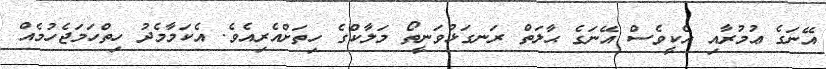
އޭނަގެ ޢުމުރާއި އެކީވެސް އޭނަގެ ޙާލަތް ރަނގަޅުވަނީތޯ މަލާކްގެ ހިތަށްއެރިއެވެ. އެކަމާމެދު ހިތްހަމަޖެހުމެއް